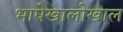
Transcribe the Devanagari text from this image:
भाषेखालोखाल